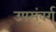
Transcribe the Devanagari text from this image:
उपसंवर्ग